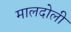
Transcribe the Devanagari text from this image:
मालदोली